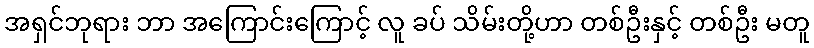
အရှင်ဘုရား ဘာ အကြောင်းကြောင့် လူ ခပ် သိမ်းတို့ဟာ တစ်ဦးနှင့် တစ်ဦး မတူ